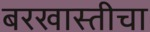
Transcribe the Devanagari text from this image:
बरखास्तीचा